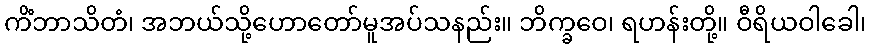
ကိံဘာသိတံ၊ အဘယ်သို့ဟောတော်မူအပ်သနည်း။ ဘိက္ခဝေ၊ ရဟန်းတို့။ ဝီရိယဝါခေါ၊